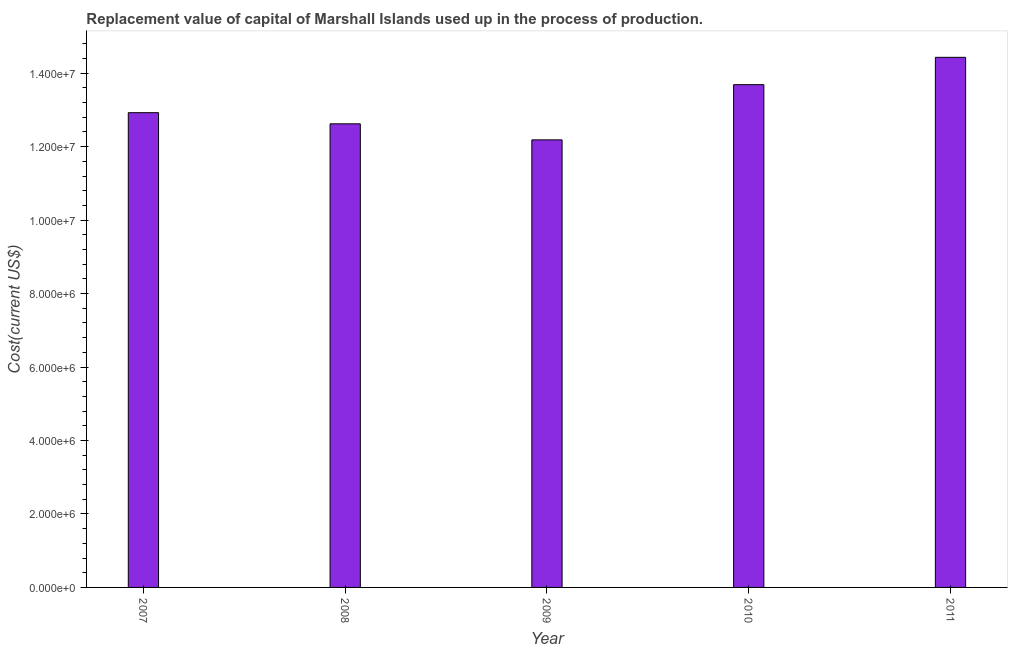
| Year | Consumption of fixed capital |
 | --- | --- |
 | 2007 | 1.29e+07 |
 | 2008 | 1.26e+07 |
 | 2009 | 1.22e+07 |
 | 2010 | 1.37e+07 |
 | 2011 | 1.44e+07 |